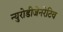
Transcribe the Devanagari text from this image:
न्युरोडीजेनरेटिव